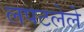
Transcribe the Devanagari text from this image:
लपटलेले